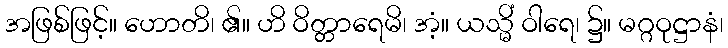
အဖြစ်ဖြင့်။ ဟောတိ၊ ၏။ ဟိ ဝိတ္တာရေမိ၊ အံ့။ ယသ္မိံ ဝါရေ၊ ၌။ မဂ္ဂဝုဋ္ဌာနံ၊